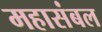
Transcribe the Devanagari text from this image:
महासंबल